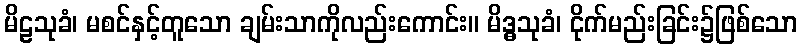
မိဠသုခံ၊ မစင်နှင့်တူသော ချမ်းသာကိုလည်းကောင်း။ မိဒ္ဓသုခံ၊ ငိုက်မည်းခြင်း၌ဖြစ်သော